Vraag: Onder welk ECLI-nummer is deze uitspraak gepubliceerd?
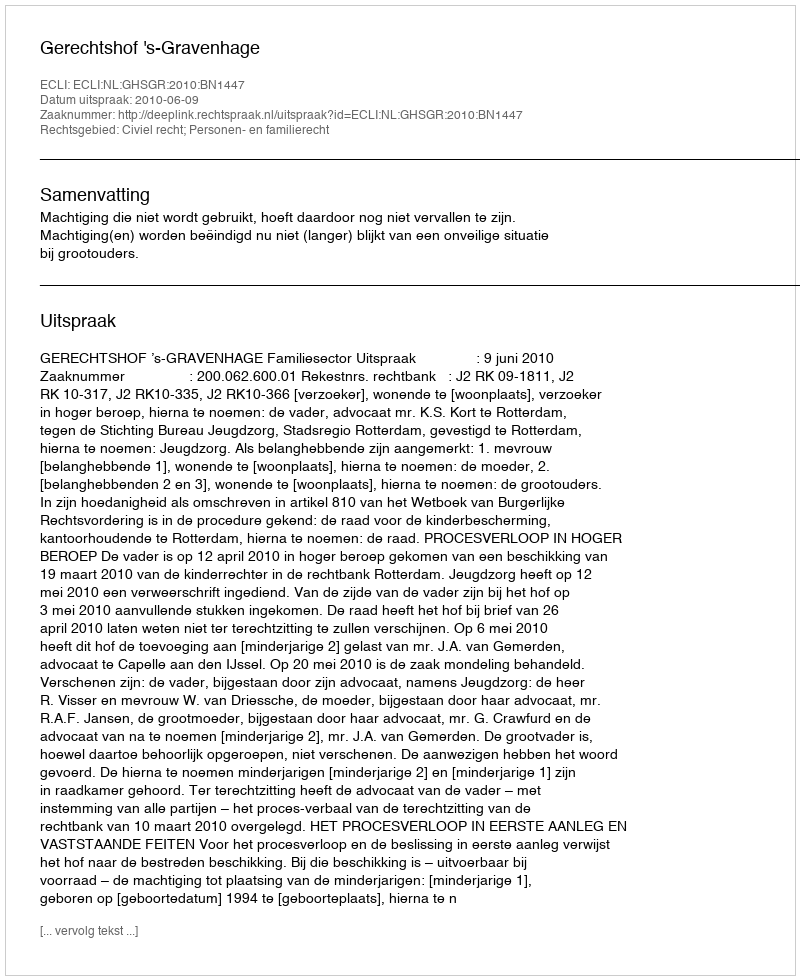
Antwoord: ECLI:NL:GHSGR:2010:BN1447